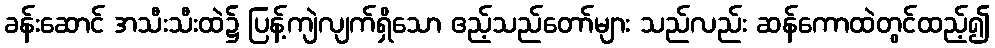
ခန်းဆောင် အသီးသီးထဲ၌ ပြန့်ကျဲလျက်ရှိသော ဧည့်သည်တော်များ သည်လည်း ဆန်ကောထဲတွင်ထည့်၍